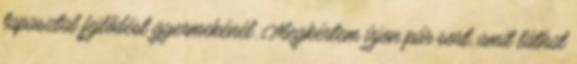
tapasztal fejlődést gyermekénél. Megkértem írjon pár sort, amit láthat